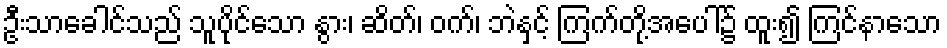
ဦးသာခေါင်သည် သူပိုင်သော နွား၊ ဆိတ်၊ ဝက်၊ ဘဲနှင့် ကြက်တို့အပေါ်၌ ထူး၍ ကြင်နာသော